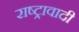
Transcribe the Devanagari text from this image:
राष्ट्रावादी